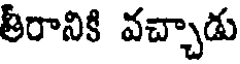
తీరానికి వచ్చాడు